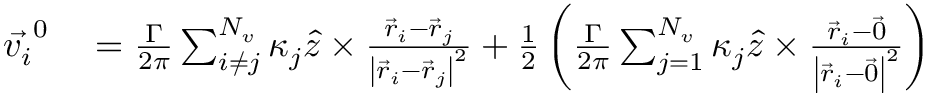
\begin{array} { r l } { \vec { v _ { i } } ^ { 0 } } & { { } = \frac { \Gamma } { 2 \pi } \sum _ { i \neq j } ^ { N _ { v } } \kappa _ { j } \hat { z } \times \frac { \vec { r } _ { i } - \vec { r } _ { j } } { \left| \vec { r } _ { i } - \vec { r } _ { j } \right| ^ { 2 } } + \frac { 1 } { 2 } \left( \frac { \Gamma } { 2 \pi } \sum _ { j = 1 } ^ { N _ { v } } \kappa _ { j } \hat { z } \times \frac { \vec { r } _ { i } - \vec { 0 } } { \left| \vec { r } _ { i } - \vec { 0 } \right| ^ { 2 } } \right) } \end{array}